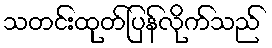
သတင်းထုတ်ပြန်လိုက်သည်